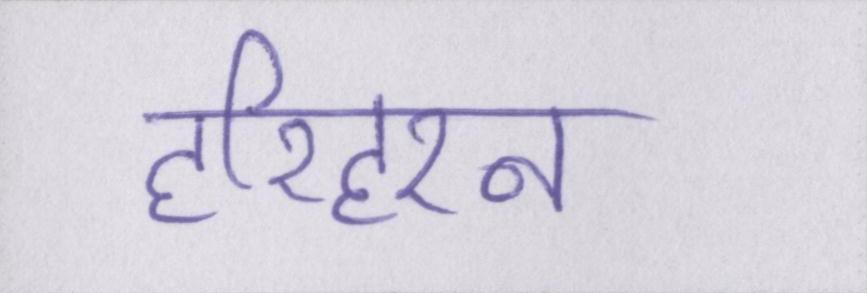
हरिहरन